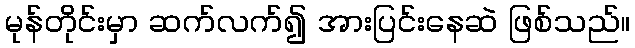
မုန်တိုင်းမှာ ဆက်လက်၍ အားပြင်းနေဆဲ ဖြစ်သည်။